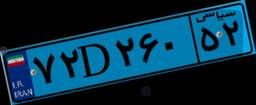
۸۰D۹۹۱۵۵